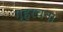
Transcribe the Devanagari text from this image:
गृहरचना